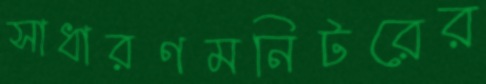
সাধারণমনিটরের